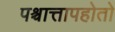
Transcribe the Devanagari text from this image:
पश्चात्तापहोतो